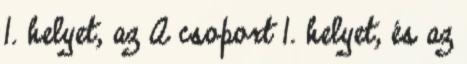
1. helyet, az A csoport 1. helyet, és az